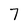
Character: 7